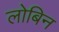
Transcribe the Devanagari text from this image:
लोबिन